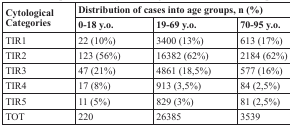
<table><thead><tr><td rowspan="2"><b>Cytological Categories</b></td><td colspan="3"><b>Distribution of cases into age groups, n (%)</b></td></tr><tr><td><b>0-18 y.o.</b></td><td><b>19-69 y.o.</b></td><td><b>70-95 y.o.</b></td></tr></thead><tbody><tr><td>TIR1</td><td>22 (10%)</td><td>3400 (13%)</td><td>613 (17%)</td></tr><tr><td>TIR2</td><td>123 (56%)</td><td>16382 (62%)</td><td>2184 (62%)</td></tr><tr><td>TIR3</td><td>47 (21%)</td><td>4861 (18,5%)</td><td>577 (16%)</td></tr><tr><td>TIR4</td><td>17 (8%)</td><td>913 (3,5%)</td><td>84 (2,5%)</td></tr><tr><td>TIR5</td><td>11 (5%)</td><td>829 (3%)</td><td>81 (2,5%)</td></tr><tr><td>TOT</td><td>220</td><td>26385</td><td>3539</td></tr></tbody></table>